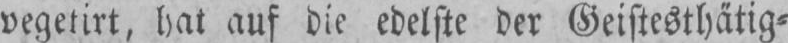
vegetirt, hat auf die edelste der Geistesthätig⸗